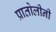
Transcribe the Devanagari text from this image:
प्रातोलीनी